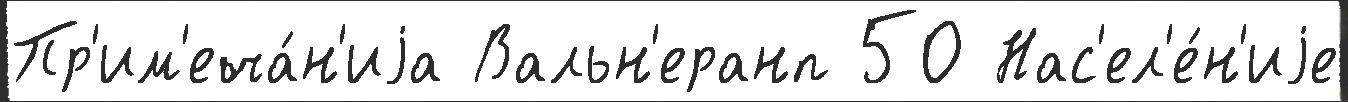
Пр'им'еча́н'иjа Вальн'еранп 50 Нас'ел'е́н'иjе